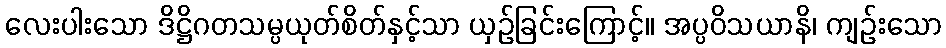
လေးပါးသော ဒိဋ္ဌိဂတသမ္ပယုတ်စိတ်နှင့်သာ ယှဉ်ခြင်းကြောင့်။ အပ္ပဝိသယာနိ၊ ကျဉ်းသော